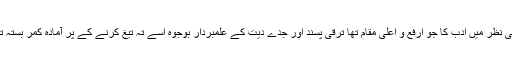
ان کی نظر میں ادب کا جو ارفع و اعلیٰ مقام تھا ترقی پسند اور جدے دیت کے علمبردار بوجوہ اسے تہ تیغ کرنے کے پر آمادہ کمر بستہ تھے۔